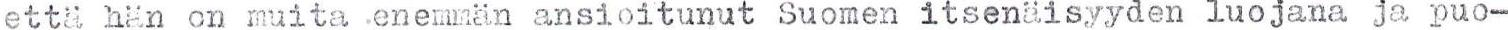
että hän on muita enemmän ansioitunut Suomen itsenäisyyden luojana ja puo-